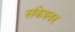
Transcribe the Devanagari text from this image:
संकेश्‍वर